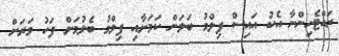
ރައްޓެހިންނާ އެކު އައިސް ފިލްމު ބަލަން ކަމަށާއި ފިލްމު ބެލުމަށް ފަހު ވަރަށް